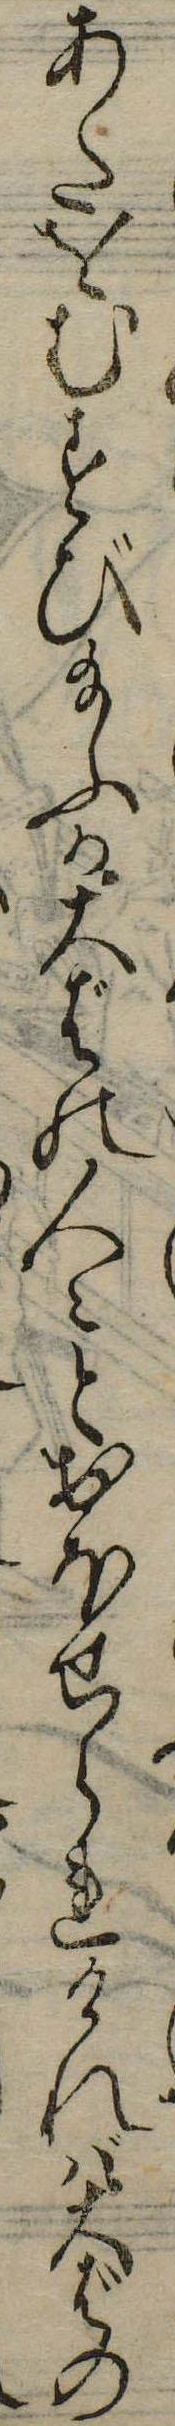
あたをむすび給ふか大ばの人々とおほせられければ大ばの